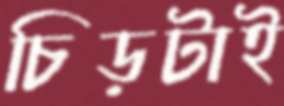
চিড়টাই